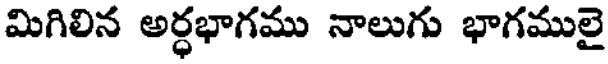
మిగిలిన అర్ధభాగము నాలుగు భాగములై